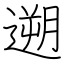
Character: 遡